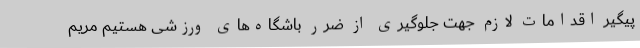
پیگیر اقدامات لازم جهت جلوگیری از ضرر باشگاه‌های ورزشی هستیم مریم